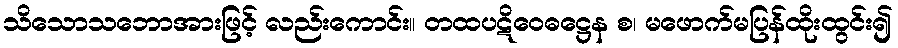
သိသောသဘောအားဖြင့် လည်းကောင်း။ တထပဋိဝေဓဋ္ဌေန စ၊ မဖောက်မပြန်ထိုးထွင်း၍